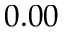
0 . 0 0